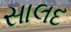
સાલદ